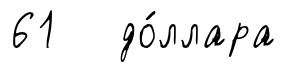
61 до́ллара